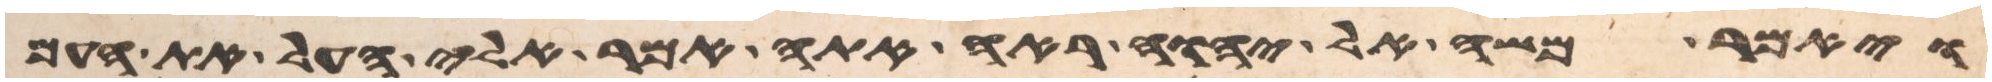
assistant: ויאמר משה אל יהוה ראה אתה אמר אלי העל את העם